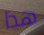
هذا